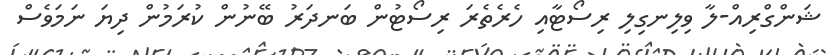
ޝަންގްރިއް-ލާ ވިލިނގިލި ރިސޯޓާއި ހެރެތެރަ ރިސޯޓުން ބަނދަރު ބޭނުން ކުރަމުން ދިޔަ ނަމަވެސް